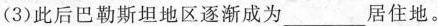
(3)此后巴勒斯坦地区逐渐成为\underline居住地。